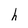
Character: h